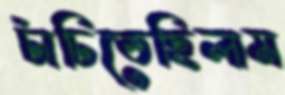
চাঁচিতেছিলাম